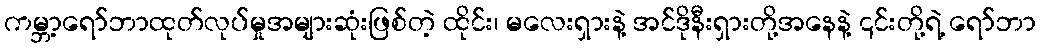
ကမ္ဘာ့ရော်ဘာထုတ်လုပ်မှုအများဆုံးဖြစ်တဲ့ ထိုင်း၊ မလေးရှားနဲ့ အင်ဒိုနီးရှားတို့အနေနဲ့ ၎င်းတို့ရဲ့ ရော်ဘာ